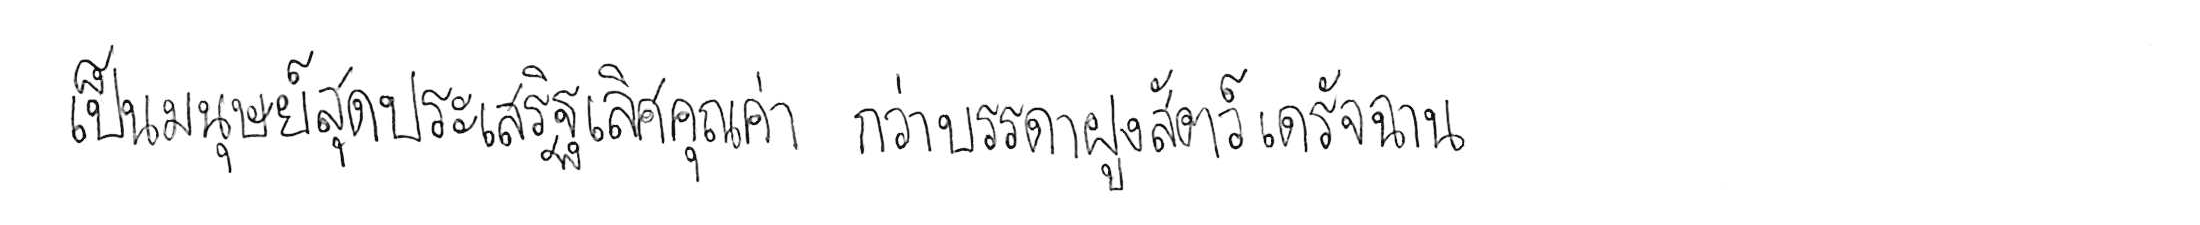
เป็นมนุษย์สุดประเสริฐเลิศคุณค่า กว่าบรรดาฝูงสัตว์เดรัจฉาน